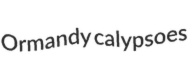
Ormandy calypsoes